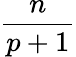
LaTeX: \frac{n}{p+1}